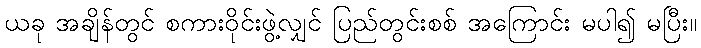
ယခု အချိန်တွင် စကားဝိုင်းဖွဲ့လျှင် ပြည်တွင်းစစ် အကြောင်း မပါ၍ မပြီး။